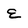
Character: e